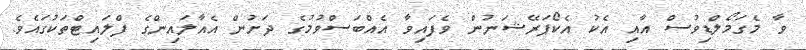
ވާ މެގަމޯލްޑިވުސް އާއި އެކު އެކޯޕަރޭޝަނުން ވެފައިވާ އެއްބަސްވުމުގެ ދަށުން އެއާލައިންގެ ފްލައިޓްތަކުގައެވެ.